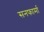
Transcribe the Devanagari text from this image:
सनफार्मा